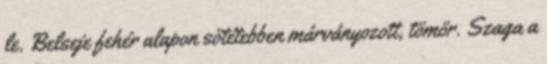
le. Belseje fehér alapon sötétebben márványozott, tömör. Szaga a